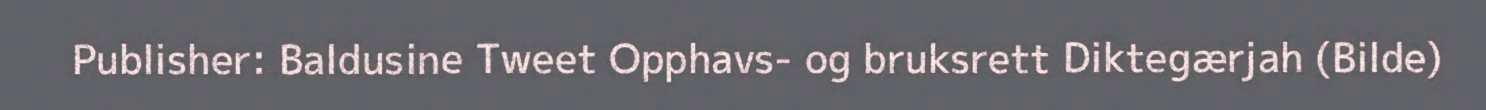
Publisher: Baldusine Tweet Opphavs- og bruksrett Diktegærjah (Bilde)